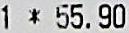
1 * 55.90